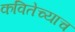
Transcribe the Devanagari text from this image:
कवितेच्याच